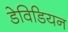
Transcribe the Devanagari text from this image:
डेविडियन